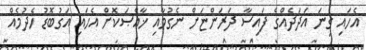
އެހައި ގިނަ އަދަދެއްގެ ފައިސާ ދަރަންޏަށް ނެގުމާއި ޚާއްޞަކޮށް އެހައި އަގުބޮޑު ހެދުމެއް